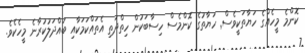
ކޮންމެ މީހެއްގެ ހަޔާތަކީވެސް